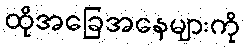
ထိုအခြေအနေများကို